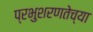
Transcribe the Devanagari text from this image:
प्रभुशरणतेच्या